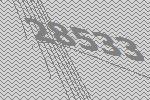
28533